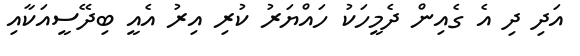
އަދި ދި އެ ގެއިން ދެމީހަކު ހައްޔަރު ކުރި އިރު އެއީ ބިދޭސީއަކާއި